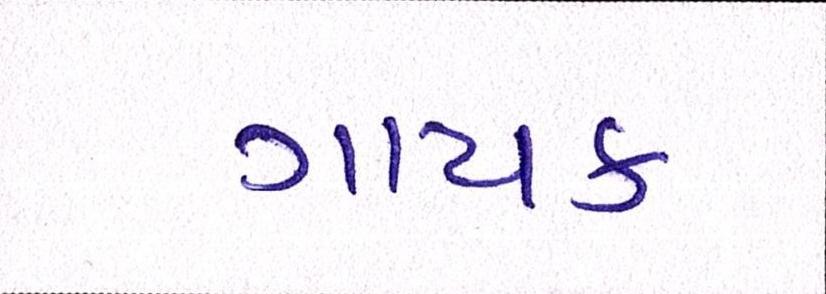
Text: ગાયક